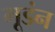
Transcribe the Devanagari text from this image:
मूडंन